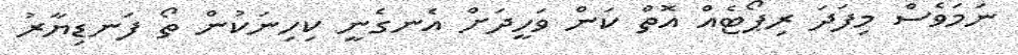
ނަމަވެސް މިފަދަ ރިޕޯޓެއް އޮތް ކަން ވަހީދަށް އެނގެނީ ކިހިނަކުން ތޯ ފަނޑިޔާރު